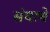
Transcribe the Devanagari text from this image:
संयाचे